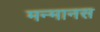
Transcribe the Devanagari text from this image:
मन्मानस